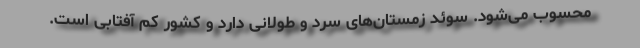
محسوب می‌شود. سوئد زمستان‌های سرد و طولانی دارد و کشور کم آفتابی است.